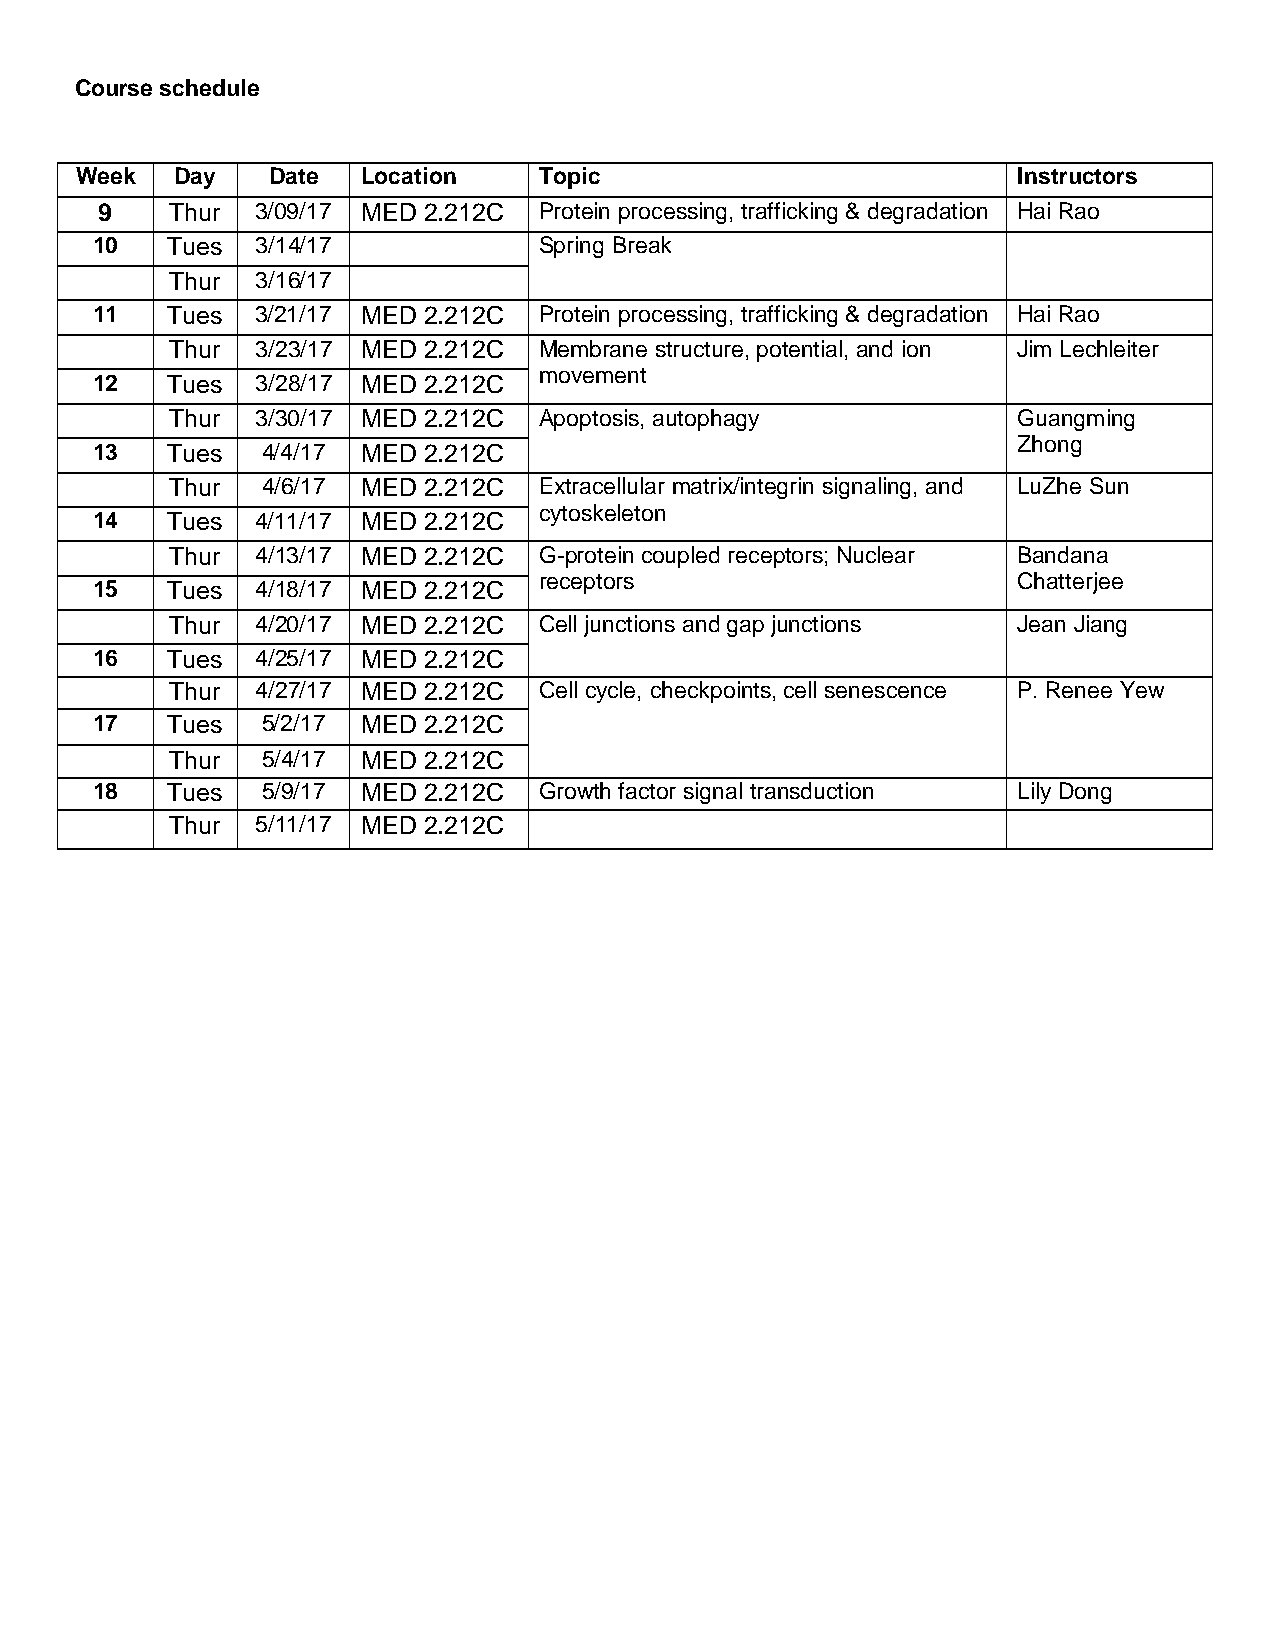
Course schedule
 Week   Day   Date  Location    Topic                          Instructors
 9   Thur  3/09/17 MED 2.212C Protein processing, trafficking & degradation Hai Rao
 10   Tues  3/14/17            Spring Break
 Thur  3/16/17
 11   Tues  3/21/17 MED 2.212C Protein processing, trafficking & degradation Hai Rao
 Thur  3/23/17 MED 2.212C Membrane structure, potential, and ion Jim Lechleiter
 movement
 12   Tues  3/28/17 MED 2.212C
 Thur  3/30/17 MED 2.212C Apoptosis, autophagy           Guangming
 Zhong
 13   Tues  4/4/17 MED 2.212C
 Thur  4/6/17 MED 2.212C  Extracellular matrix/integrin signaling, and LuZhe Sun
 cytoskeleton
 14   Tues  4/11/17 MED 2.212C
 Thur  4/13/17 MED 2.212C G-protein coupled receptors; Nuclear Bandana
 receptors                      Chatterjee
 15   Tues  4/18/17 MED 2.212C
 Thur  4/20/17 MED 2.212C Cell junctions and gap junctions Jean Jiang
 16   Tues  4/25/17 MED 2.212C
 Thur  4/27/17 MED 2.212C Cell cycle, checkpoints, cell senescence P. Renee Yew
 17   Tues  5/2/17 MED 2.212C
 Thur  5/4/17 MED 2.212C
 18   Tues  5/9/17 MED 2.212C  Growth factor signal transduction Lily Dong
 Thur  5/11/17 MED 2.212C